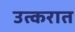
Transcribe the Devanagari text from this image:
उत्करात